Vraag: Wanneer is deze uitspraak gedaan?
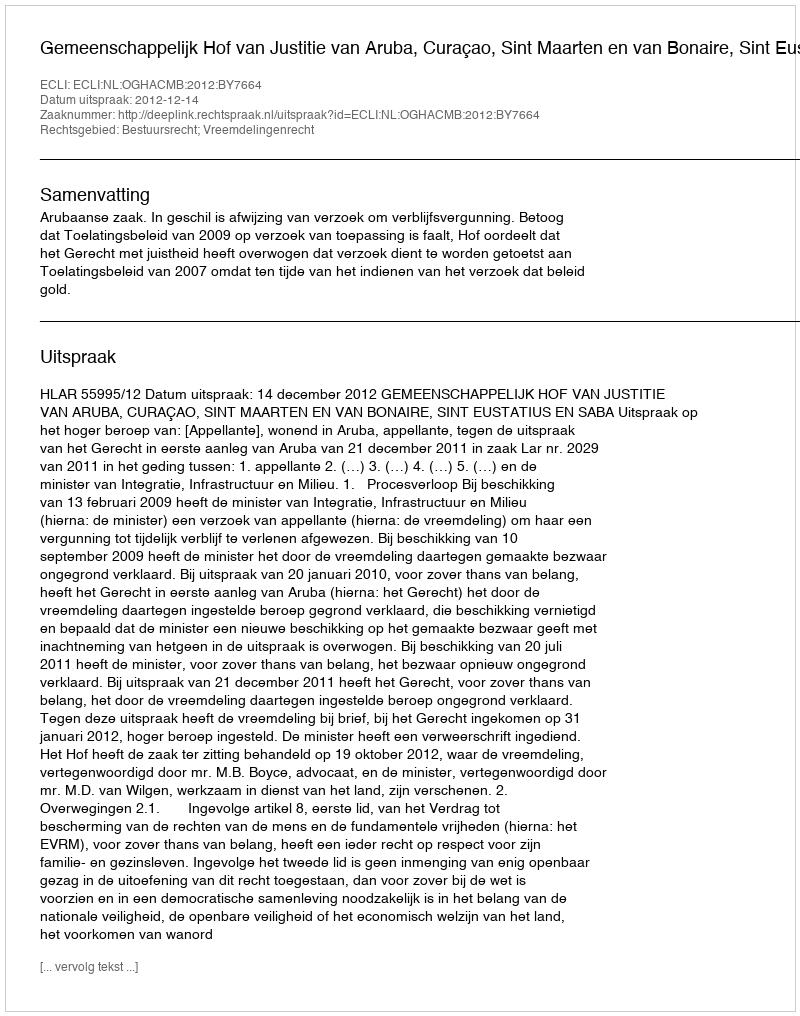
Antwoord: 2012-12-14